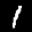
Label: 1